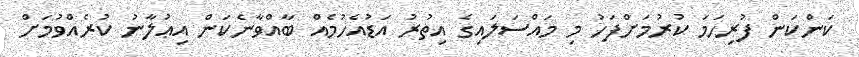
ކަންކަން ފުރިހަމަ ކުރުމަށްފަހު މި މައްސަލައިގެ އިތުރު އަޑުއެހުމެއް ބާއްވާނެކަން އިޢުލާނު ކުރެއްވުމަށް